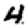
Digit: 4